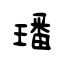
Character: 璠